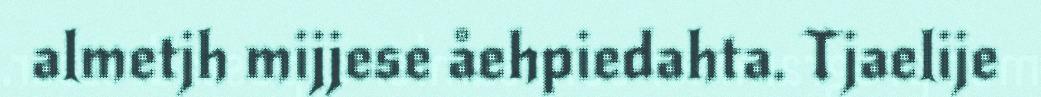
almetjh mijjese åehpiedahta. Tjaelije